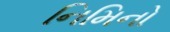
નિમિનો